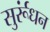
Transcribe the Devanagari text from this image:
सुर्रूंधन